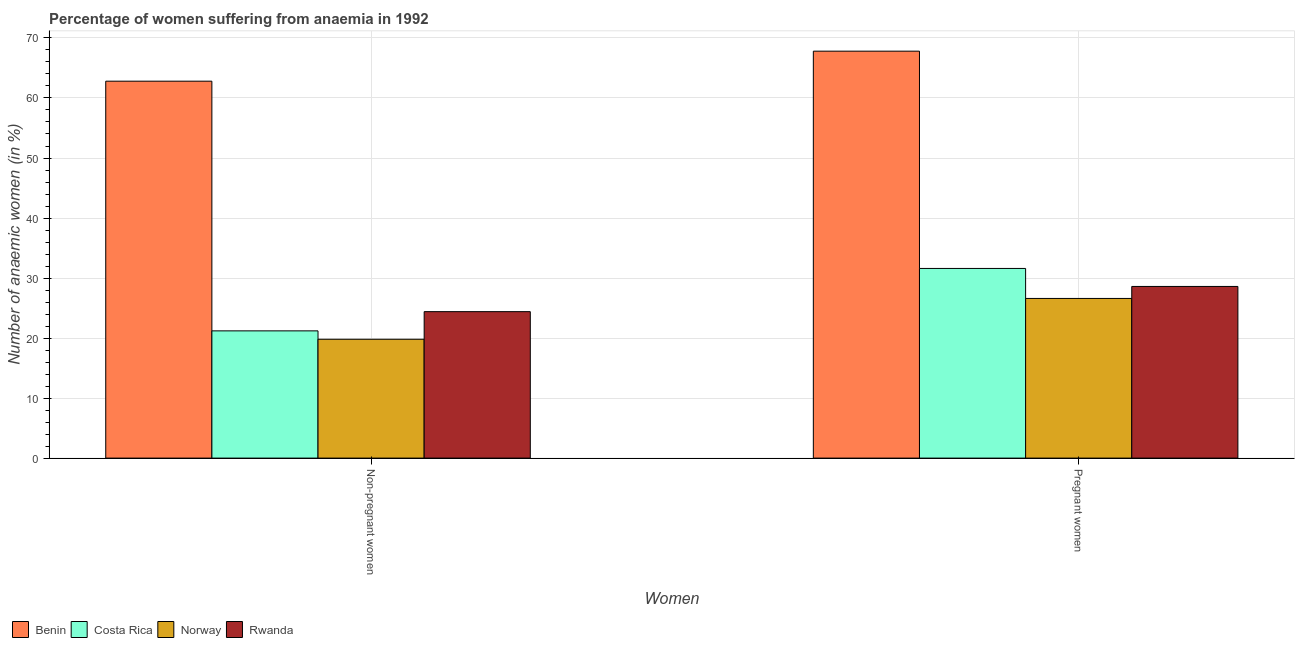
| Women | Benin | Costa Rica | Norway | Rwanda |
 | --- | --- | --- | --- | --- |
 | Non-pregnant women | 62.8 | 21.2 | 19.8 | 24.4 |
 | Pregnant women | 67.8 | 31.6 | 26.6 | 28.6 |